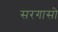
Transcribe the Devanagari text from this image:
सरगासो